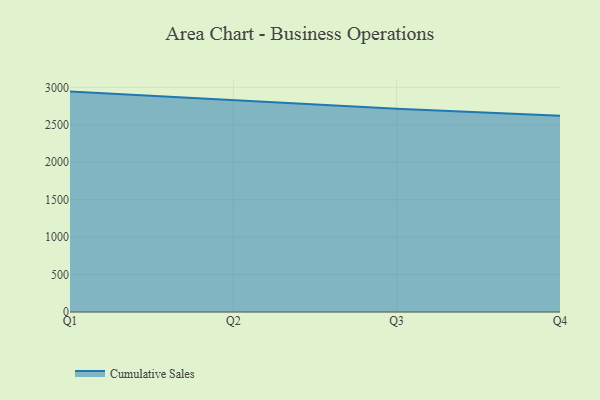
{"axis": {"x": "Quarter", "y": "Net Income (USD K)"}, "legend": ["Cumulative Sales"], "data": [{"x": "Q1", "y": 2943.0, "type": "Cumulative Sales"}, {"x": "Q2", "y": 2830.0, "type": "Cumulative Sales"}, {"x": "Q3", "y": 2713.4, "type": "Cumulative Sales"}, {"x": "Q4", "y": 2619.8, "type": "Cumulative Sales"}]}